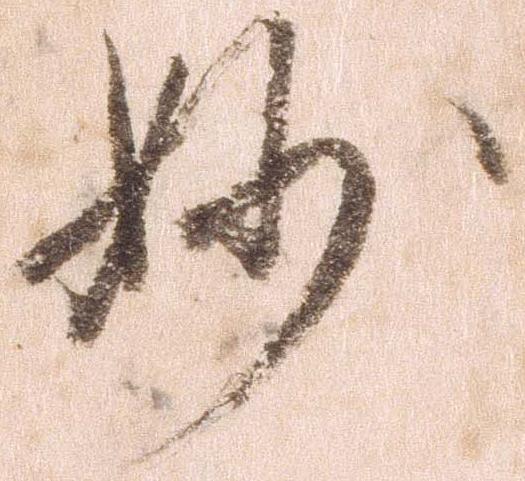
妙